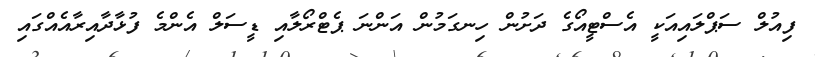
ފިއުލް ސަޕްލައިއަކީ އެސްޓީއޯގެ ދަށުން ހިނގަމުން އަންނަ ޕެޓްރޯލާއި ޑީސަލް އެންމެ ފުޅާދާއިރާއެއްގައި